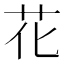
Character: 花